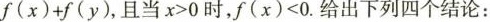
$$f ( x ) + f ( y )$$，且当$$x > 0$$时，$$f ( x ) < 0$$.给出下列四个结论：